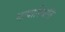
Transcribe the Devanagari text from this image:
भाषास्थिति